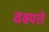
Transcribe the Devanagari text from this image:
वक्ष्यते